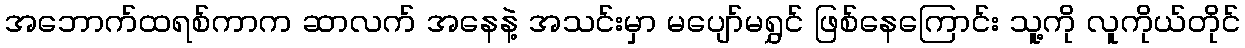
အဘောက်ထရစ်ကာက ဆာလက် အနေနဲ့ အသင်းမှာ မပျော်မရွှင် ဖြစ်နေကြောင်း သူ့ကို လူကိုယ်တိုင်